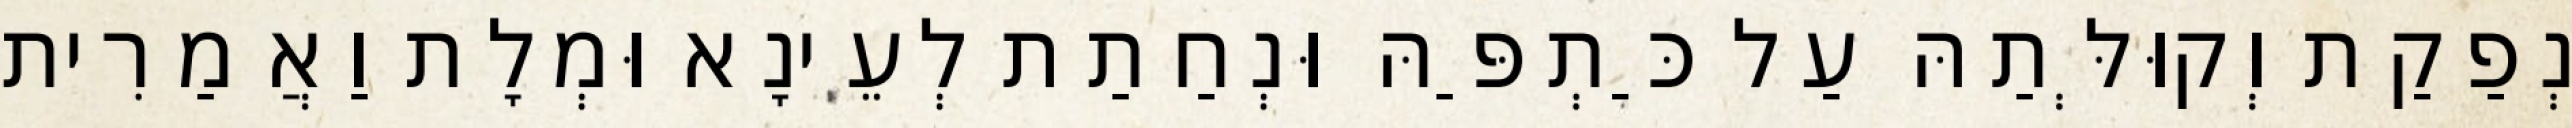
נְפַקַת וְקוּלְּתַהּ עַל כַּתְפַּהּ וּנְחַתַת לְעֵינָא וּמְלָת וַאֲמַרִית